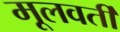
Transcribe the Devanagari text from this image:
मूलवर्ती